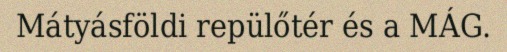
Mátyásföldi repülőtér és a MÁG.